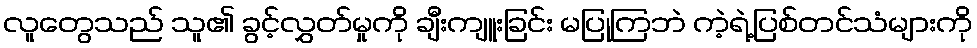
လူတွေသည် သူ၏ ခွင့်လွှတ်မှုကို ချီးကျူးခြင်း မပြုကြဘဲ ကဲ့ရဲ့ပြစ်တင်သံများကို